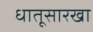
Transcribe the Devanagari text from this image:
धातूसारखा